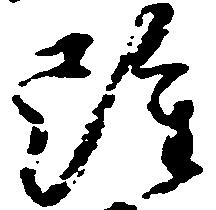
雖